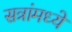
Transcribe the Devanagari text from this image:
सत्रांमध्ये